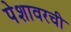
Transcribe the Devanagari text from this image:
पेशावरची